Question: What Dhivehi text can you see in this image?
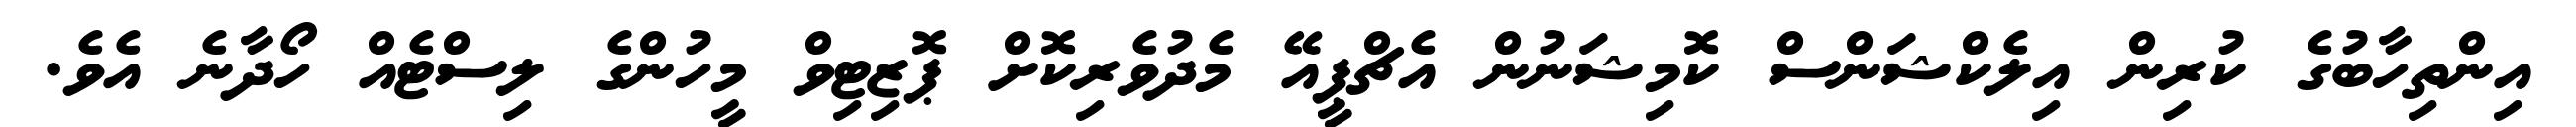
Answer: އިންތިހާބުގެ ކުރިން އިލެކްޝަންސް ކޮމިޝަނުން އެޗްޕީއޭ މެދުވެރިކޮށް ޕޮޒިޓިވް މީހުންގެ ލިސްޓެއް ހޯދާނެ އެވެ.